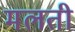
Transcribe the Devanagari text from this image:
मलती